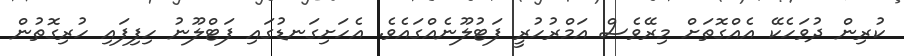
ކުރިން ދުވަހެކޭ އެއްގޮތަށް މިރޭވެސް އަމްރުހުރީ ފަޓުލޫނެއްގައެވެ. އެހަށިގަނޑުގައި ފަޓްލޫނު ހިފިފައި ހުރިގޮތުން